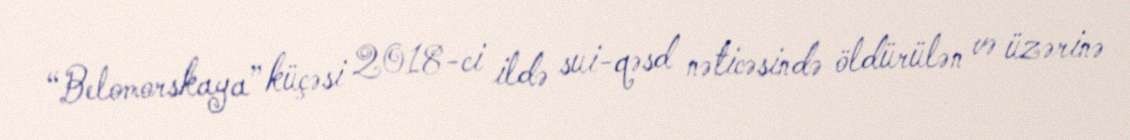
“Belomorskaya” küçəsi 2018-ci ildə sui-qəsd nəticəsində öldürülən və üzərinə